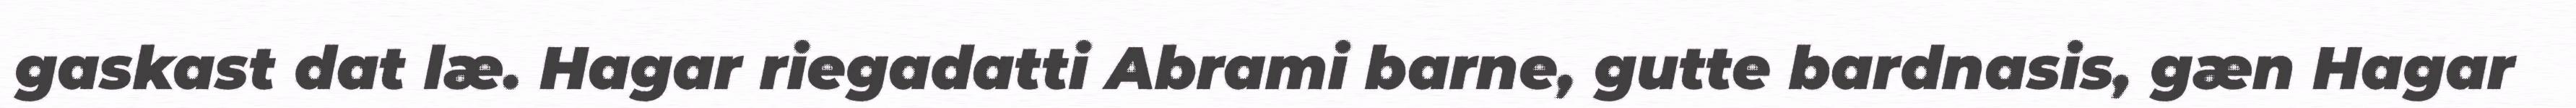
gaskast dat læ. Hagar riegadatti Abrami barne, gutte bardnasis, gæn Hagar